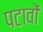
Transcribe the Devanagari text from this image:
पटावों